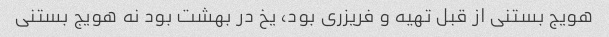
هویج بستنی از قبل تهیه و فریزری بود، یخ در بهشت بود نه هویج بستنی